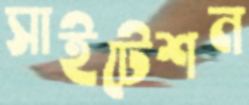
সাইটেশন